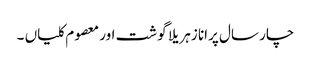
چار سال پرانا زہریلا گوشت اور معصوم کلیاں ۔